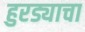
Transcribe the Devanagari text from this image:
हुरड्याचा